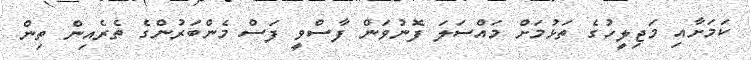
ކަމަށާއި މަޖިލީހުގެ ތަޅުމަށް މައްސަލަ ފޮނުވަން ފާސްވީ ފަސް މެންބަރުންގެ ތެރެއިން ތިން